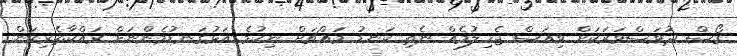
ގޯސް ދުވަސްވަރަކަށް ވިއަސް ޖެހިލުމެއް ނެތި ކަނޑު މައްޗަށް ނިކުމެ އަޅުގަނޑުމެންނަށް ރައްކާތެރިކަން